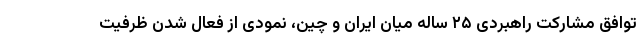
توافق مشارکت راهبردی ۲۵ ساله میان ایران و چین، نمودی از فعال شدن ظرفیت